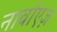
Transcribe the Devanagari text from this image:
नार्वाएज़